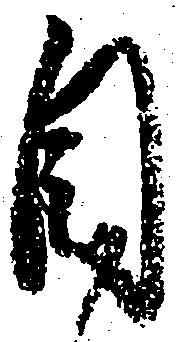
目